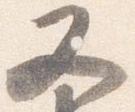
又